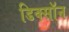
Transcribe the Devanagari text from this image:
डिक्साॅन